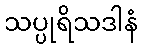
သပ္ပုရိသဒါနံ